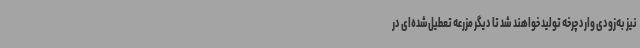
نیز به‌زودی وارد چرخه تولید خواهند شد تا دیگر مزرعه تعطیل‌شده‌ای در